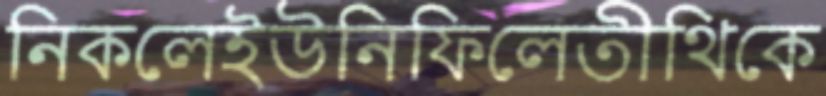
নিকলেইউনিফিলেতীথিকে